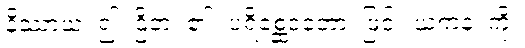
နိဿာယ၊ ၍။ ဌိတံ၊ ၏။ ပရိစ္ဆေဒတော၊ ဖြင့်။ ယကနံ၊ ကို။